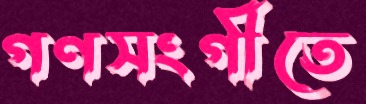
গণসংগীতে